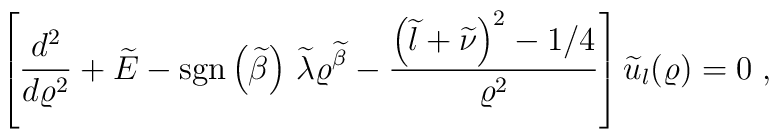
\left[\frac{d^{2}}{d\varrho^{2}} + \widetilde{E}-{\rm sgn} \left( \widetilde{\beta} \right)\,  \widetilde{\lambda}  \varrho^{ \widetilde{\beta} }- \frac{\left(\widetilde{l} + \widetilde{\nu} \right)^{2}- 1/4}{\varrho^{2}}\right]  \widetilde{u}_{l}(\varrho) = 0\;  ,